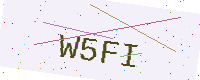
Text: W5FI